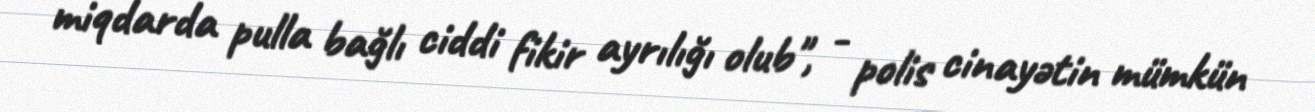
miqdarda pulla bağlı ciddi fikir ayrılığı olub", - polis cinayətin mümkün